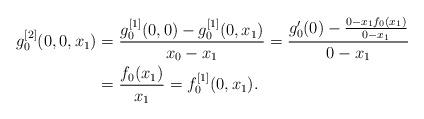
LaTeX: \begin{align*}g^{[2]}_0(0,0,x_1) & =\frac{g^{[1]}_0(0,0)-g^{[1]}_0(0,x_1)}{x_0-x_1}=\frac{g'_0(0)-\frac{0-x_1f_0(x_1)}{0-x_1}}{0-x_1}\\ &=\frac{f_0(x_1)}{x_1}=f^{[1]}_0(0,x_1).\end{align*}